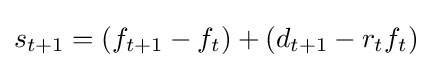
s_{t+1}=(f_{t+1}-f_{t})+(d_{t+1}-r_{t}f_{t})